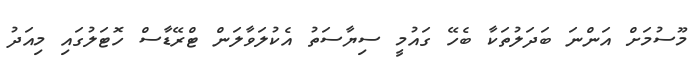
މޫސުމަށް އަންނަ ބަދަލުތަކާ ބެހޭ ގައުމީ ސިޔާސަތު އެކުލަވާލަން ޓްރޭޑާސް ހޮޓަލުގައި މިއަދު